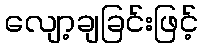
လျော့ချခြင်းဖြင့်